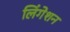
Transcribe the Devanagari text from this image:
लिंगेशन